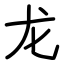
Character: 龙